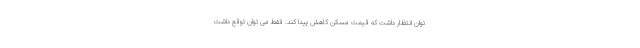
توان انتظار داشت که قیمت مسکن کاهش پیدا کند. فقط می توان توقع داشت